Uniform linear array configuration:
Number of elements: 64
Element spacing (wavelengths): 0.75
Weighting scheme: hann
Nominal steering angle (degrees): -30
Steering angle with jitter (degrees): -30.986
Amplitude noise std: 0.05
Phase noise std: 0.05

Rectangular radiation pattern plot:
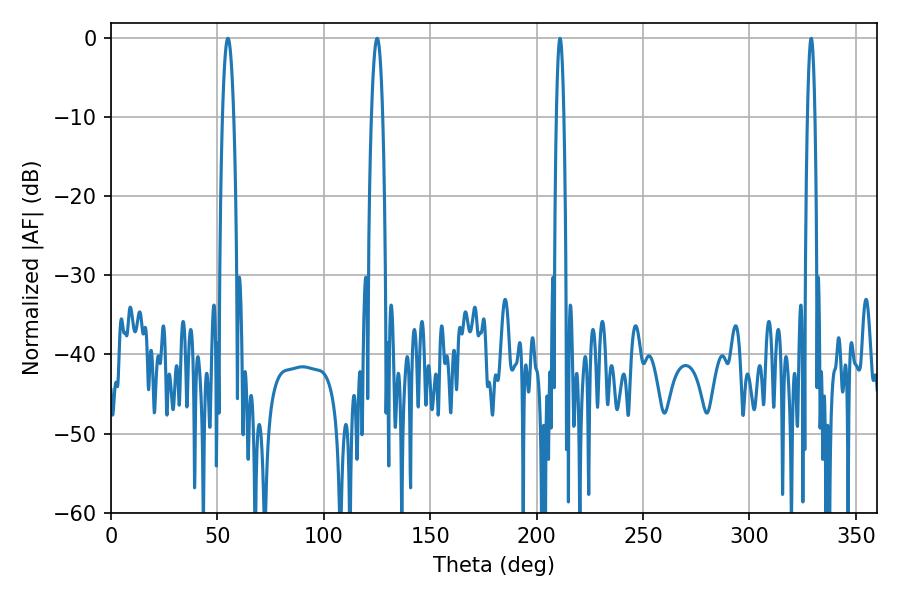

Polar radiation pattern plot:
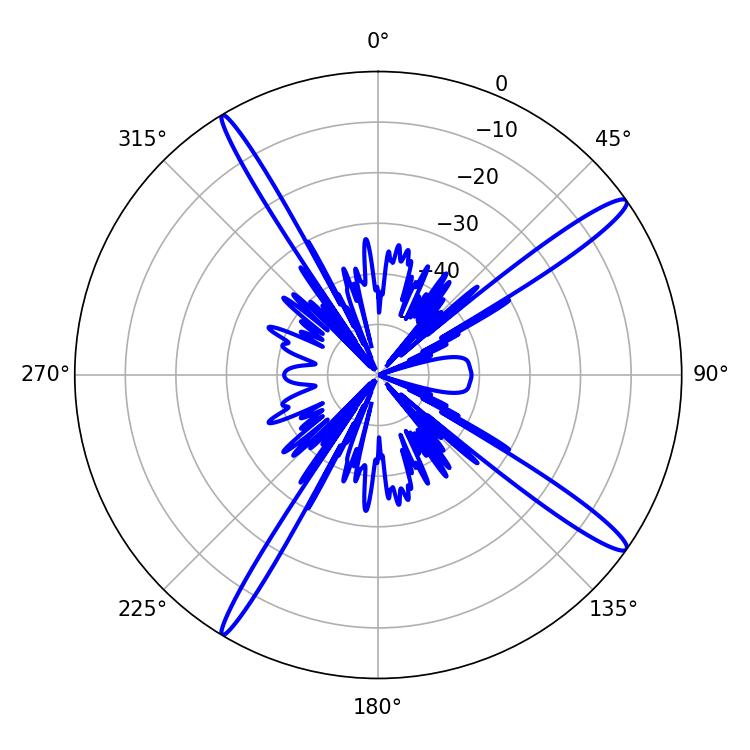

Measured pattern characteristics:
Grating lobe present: TRUE
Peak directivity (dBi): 15.797
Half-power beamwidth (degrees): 2.88
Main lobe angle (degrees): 54.9